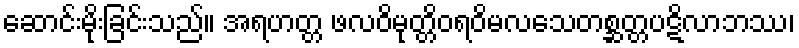
ဆောင်းမိုးခြင်းသည်။ အရဟတ္တ ဖလဝိမုတ္တိဝရဝိမလသေတစ္ဆတ္တပဋိလာဘဿ၊